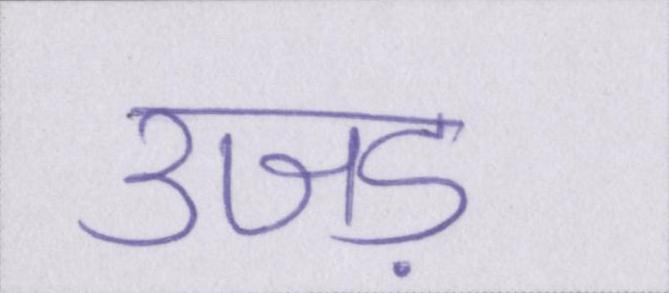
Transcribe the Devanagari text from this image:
उजड़